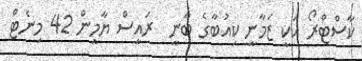
ކާސްޓްރޯ އަކީ ޒަމާނީ ކިއުބާގެ ބާނީ  ރައީސް ޔާމީން 42 މިނެޓް